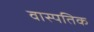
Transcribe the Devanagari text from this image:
वास्पतिक